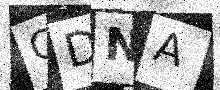
Text: GDNA